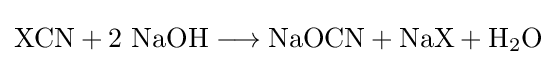
\mathrm {XCN+2\ NaOH\longrightarrow NaOCN+NaX+H_{2}O}